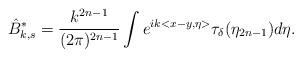
LaTeX: \begin{align*}\hat B^*_{k,s}=\frac{k^{2n-1}}{(2\pi)^{2n-1}}\int e^{ik<x-y,\eta>}\tau_\delta(\eta_{2n-1})d\eta.\end{align*}